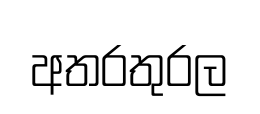
අතරතුරල